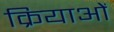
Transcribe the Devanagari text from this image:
क्रियाआें